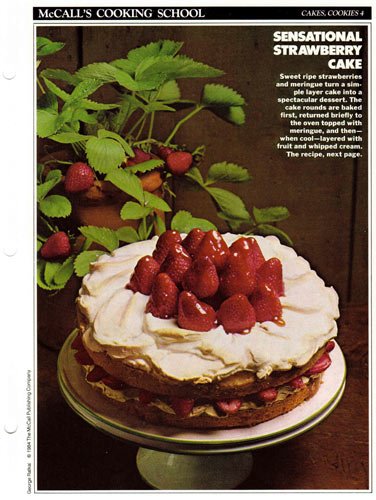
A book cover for McCall's Cooking School Recipe Card: Cakes, Cookies 4 - Strawberry Meringue Cake (Replacement McCall's Recipage or Recipe Card For 3-Ring Binders); Health, Fitness & Dieting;